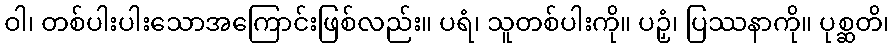
ဝါ၊ တစ်ပါးပါးသောအကြောင်းဖြစ်လည်း။ ပရံ၊ သူတစ်ပါးကို။ ပဉှံ၊ ပြဿနာကို။ ပုစ္ဆတိ၊